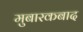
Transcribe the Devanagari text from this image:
मुबारकबाद